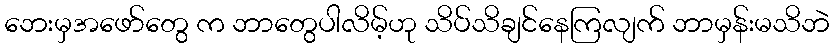
ဘေးမှအဖော်တွေ က ဘာတွေပါလိမ့်ဟု သိပ်သိချင်နေကြလျက် ဘာမှန်းမသိဘဲ